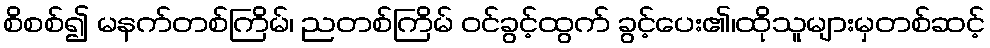
စိစစ်၍ မနက်တစ်ကြိမ်၊ ညတစ်ကြိမ် ဝင်ခွင့်ထွက် ခွင့်ပေး၏၊ထိုသူများမှတစ်ဆင့်